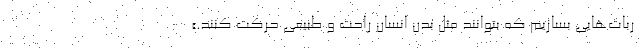
ربات‌هایی بسازیم که بتوانند مثل بدن انسان راحت و طبیعی حرکت کنند.»